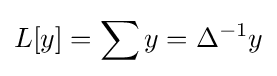
L[y]=\sum y=\Delta ^{-1}y